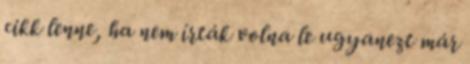
cikk lenne, ha nem írták volna le ugyanezt már